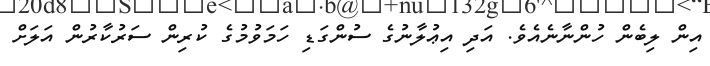
އިން ލިބެން ހުންނާނެއެވެ. އަދި އިޢުލާނުގެ ސުންގަޑި ހަމަވުމުގެ ކުރިން ސަރުކާރުން އަލަށް